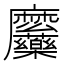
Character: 𮮎